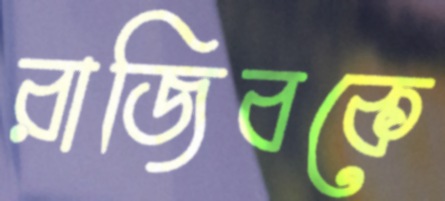
রাজিবকে